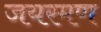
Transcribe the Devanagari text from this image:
जयरमण